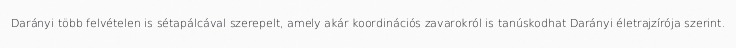
Darányi több felvételen is sétapálcával szerepelt, amely akár koordinációs zavarokról is tanúskodhat Darányi életrajzírója szerint.